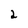
Character: 2